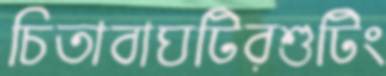
চিতাবাঘটিরশুটিং